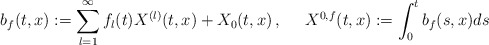
\begin{align*}b_{f}(t,x) & :=\sum_{l=1}^{\infty}f_{l}(t)X^{(l)}(t,x)+X_{0}(t,x)\,, & X^{0,f}(t,x) & :=\int_{0}^{t}b_{f}(s,x)ds\end{align*}